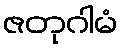
ဇတုဂါမံ